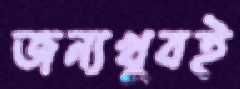
জন্যখুবই